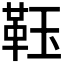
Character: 𩊇